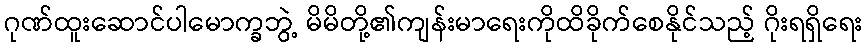
ဂုဏ်ထူးဆောင်ပါမောက္ခဘွဲ့ မိမိတို့၏ကျန်းမာရေးကိုထိခိုက်စေနိုင်သည့် ဂိုးရရှိရေး